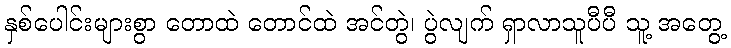
နှစ်ပေါင်းများစွာ တောထဲ တောင်ထဲ အင်တွဲ၊ ပွဲလျက် ရှာလာသူပီပီ သူ့ အတွေ့